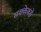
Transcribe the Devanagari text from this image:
मक्केकडे